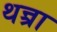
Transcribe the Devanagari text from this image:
थन्त्रा